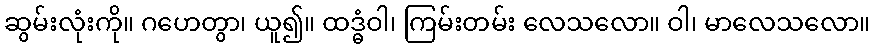
ဆွမ်းလုံးကို။ ဂဟေတွာ၊ ယူ၍။ ထဒ္ဓံဝါ၊ ကြမ်းတမ်း လေသလော။ ဝါ၊ မာလေသလော။